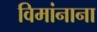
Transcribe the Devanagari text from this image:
विमांनाना